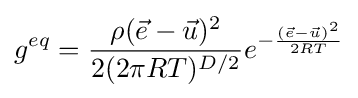
g^{eq}={\frac {\rho ({\vec {e}}-{\vec {u}})^{2}}{2(2\pi RT)^{D/2}}}e^{-{\frac {({\vec {e}}-{\vec {u}})^{2}}{2RT}}}